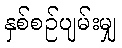
နှစ်စဉ်ပျမ်းမျှ